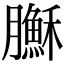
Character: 𦢦